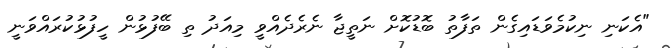
"އެކަނި ނިކުމެވަޑައިގެން ތަފާތު ބޮޑުކޮށް ނަތީޖާ ނެރެދެއްވީ މިއަދު ތި ބޭފުޅުން ހީފުޅުކުރައްވަނީ